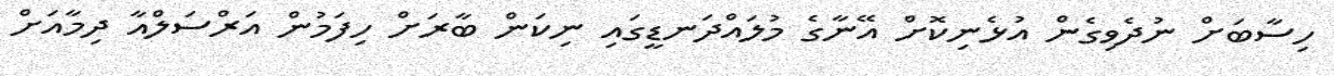
ހިސާބަށް ނުދެވިގެން އުޅެނިކޮށް އޭނާގެ މުލައްދަނޑީގައި ނިކަން ބާރަށް ހިފަމުން އަރްސަލްއާ ދިމާއަށް